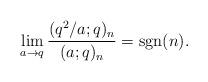
LaTeX: \begin{align*} \lim_{a \rightarrow q} \frac{(q^2 / a ; q)_n}{(a ; q)_n} = \operatorname{sgn} (n) . \end{align*}